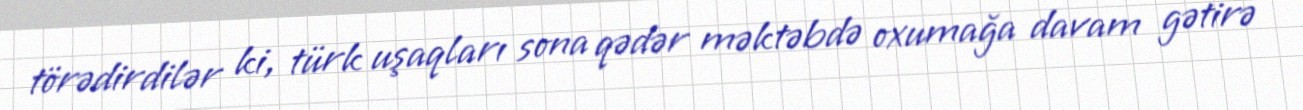
törədirdilər ki, türk uşaqları sona qədər məktəbdə oxumağa davam gətirə